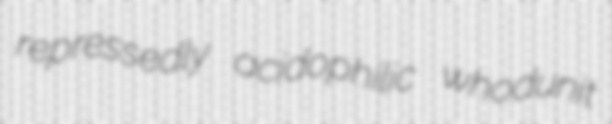
repressedly acidophilic whodunit